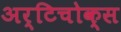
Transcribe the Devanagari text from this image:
अर्टिचोक्स